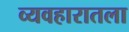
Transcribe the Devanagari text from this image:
व्यवहारातला